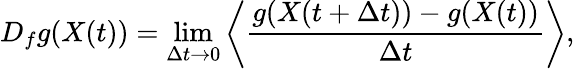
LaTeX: D_{f}g(X(t))=\operatorname*{lim}_{\Delta t\rightarrow 0}\left<\frac{g(X(t+\Delta t))-g(X(t))}{\Delta t}\right>,